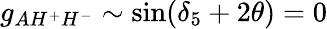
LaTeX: g_{AH^{+}H^{-}}\sim\sin(\delta_{5}+2\theta)=0